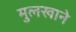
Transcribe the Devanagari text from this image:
मुलखाने